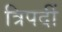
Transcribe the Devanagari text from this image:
त्रिपदीं